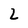
Character: 2